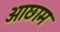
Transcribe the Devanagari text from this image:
आछाम